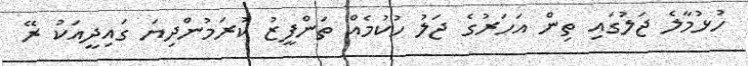
ހުޅުމާލެ ޖަލުގައި ތިން އަހަރުގެެ ޖަލު ހުކުމެއް ތަންފީޒު ކުރަމުންދިޔަ ގައިދީއަކު ރޭ